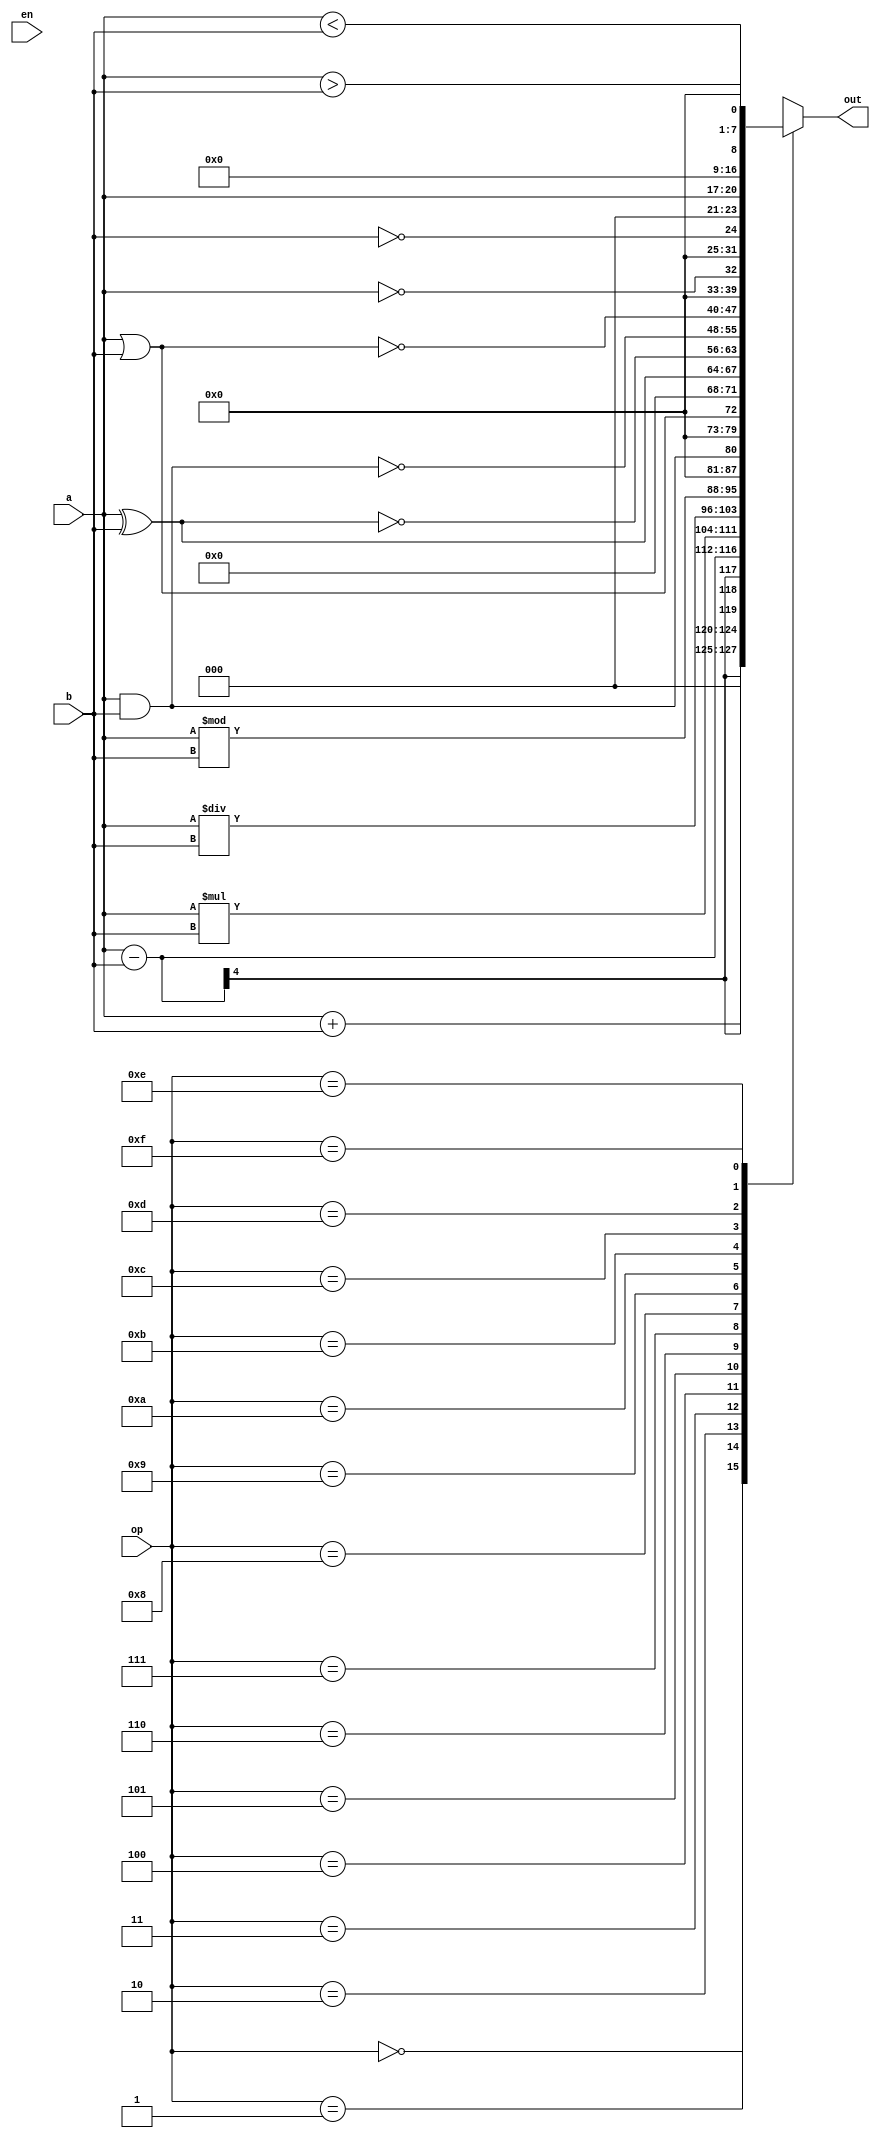
module ALU(
    output reg [7:0]out,
	 input [3:0]a,b,
	 input en,
	 input [3:0]op);
always @(*)
begin
	case(op)
	4'd0:out<=a+b;
	4'd1:out<=a-b;
	4'd2:out<=a*b;
	4'd3:out<=a/b;
	4'd4:out<=a%b;
	4'd5:out<=a && b;
	4'd6:out<=a || b;
	4'd7:out<=a^b;
	4'd8:out<=~(a^b);
	4'd9:out<=~(a && b);
	4'd10:out<=~(a || b);
	4'd11:out<=!a;
	4'd12:out<=!b;
	4'd13:out<=a<<1;
	4'd14:out<=a<b;
	4'd15:out<=a>b;
	default:out<=0;
	endcase
end
endmodule